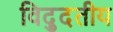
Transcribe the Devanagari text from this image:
विद्दुतीय